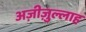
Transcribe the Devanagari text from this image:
अज़ीज़ुल्लाह